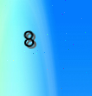
8